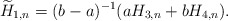
\begin{align*} \widetilde H_{1,n} = (b-a)^{-1} ( aH_{3,n} + bH_{4,n}). \end{align*}